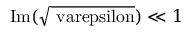
\mathrm { I m ( \sqrt { \ v a r e p s i l o n } ) } \ll 1